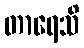
တာရေသိ